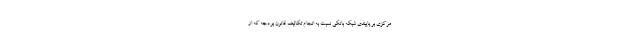
مرکزی بر پایبندی شبکه بانکی نسبت به انجام تکالیف قانون بودجه که از